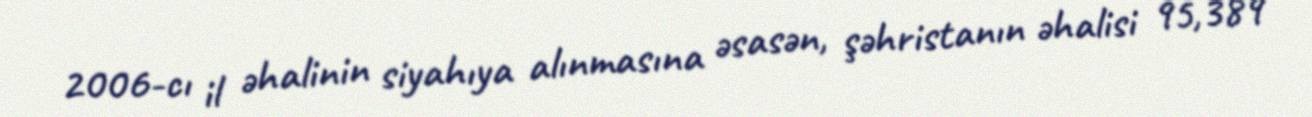
2006-cı il əhalinin siyahıya alınmasına əsasən, şəhristanın əhalisi 95,389